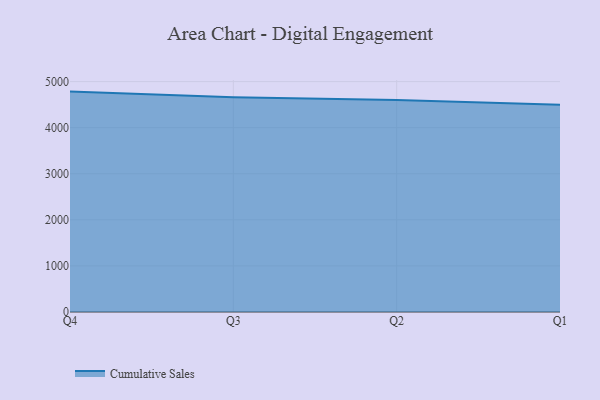
{"axis": {"x": "Quarter", "y": "Inventory Turnover"}, "legend": ["Cumulative Sales"], "data": [{"x": "Q4", "y": 4782.7, "type": "Cumulative Sales"}, {"x": "Q3", "y": 4659.1, "type": "Cumulative Sales"}, {"x": "Q2", "y": 4598.8, "type": "Cumulative Sales"}, {"x": "Q1", "y": 4496.0, "type": "Cumulative Sales"}]}